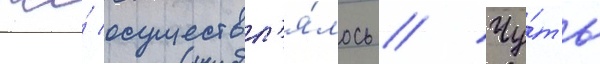
же́ осуществл'я́лось // Чу́ть